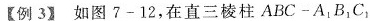
【例3】如图7-12，在直三棱柱ABC-A _{1}B_{1}C_{1}